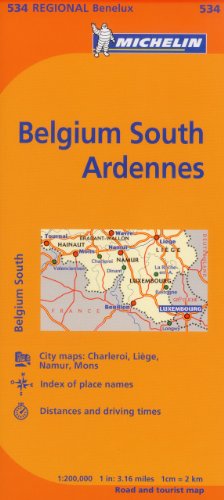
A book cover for Michelin Map Belgium: South, Ardenne 534 (Maps/Regional (Michelin)); Michelin Travel & Lifestyle; Travel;